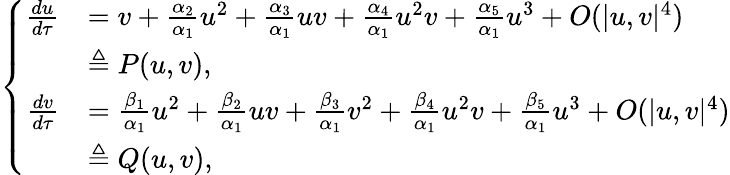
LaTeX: \left\{ \begin{array}{ll}{\begin{array}{rl}{\frac{du}{d\tau}}&{=v+\frac{\alpha_{2}}{\alpha_{1}}u^{2}+\frac{\alpha_{3}}{\alpha_{1}}uv+\frac{\alpha_{4}}{\alpha_{1}}u^{2}v+\frac{\alpha_{5}}{\alpha_{1}}u^{3}+O({|u,v|^{4}})}\\ &{\triangleq P(u,v),}\\ {\frac{dv}{d\tau}}&{=\frac{\beta_{1}}{\alpha_{1}}u^{2}+\frac{\beta_{2}}{\alpha_{1}}uv+\frac{\beta_{3}}{\alpha_{1}}v^{2}+\frac{\beta_{4}}{\alpha_{1}}u^{2}v+\frac{\beta_{5}}{\alpha_{1}}u^{3}+O({|u,v|^{4}})}\\ &{\triangleq Q(u,v),}\end{array}}\end{array}\right.